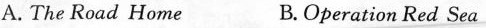
A. The Road Home B.Operation Red Sea